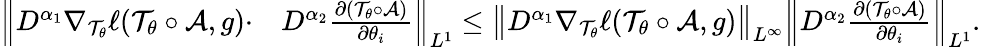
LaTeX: \begin{array}{rl}{\Big\| D^{\alpha_{1}}\nabla_{\mathcal T_{\theta}}\ell(\mathcal T_{\theta}\circ\mathcal A,g)\cdot}&{D^{\alpha_{2}}\frac{\partial(\mathcal T_{\theta}\circ\mathcal A)}{\partial\theta_{i}}\Big\| _{L^{1}}\leq\big\| D^{\alpha_{1}}\nabla_{\mathcal T_{\theta}}\ell(\mathcal T_{\theta}\circ\mathcal A,g)\big\| _{L^{\infty}}\Big\| D^{\alpha_{2}}\frac{\partial(\mathcal T_{\theta}\circ\mathcal A)}{\partial\theta_{i}}\Big\| _{L^{1}}.}\end{array}